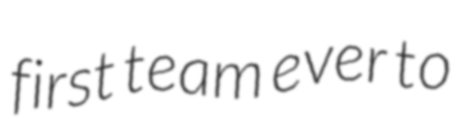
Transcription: first team ever to